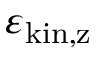
\varepsilon _ { \mathrm { k i n , z } }